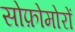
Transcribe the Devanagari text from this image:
सोफ़ोमोरों